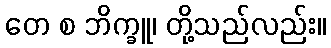
တေ စ ဘိက္ခူ၊ တို့သည်လည်း။